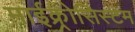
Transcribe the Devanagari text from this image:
माईक्र्रोसिस्टम